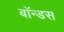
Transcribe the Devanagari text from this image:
बॉन्डस